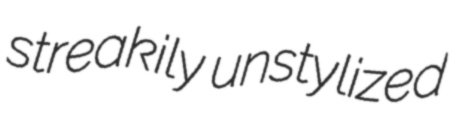
streakily unstylized